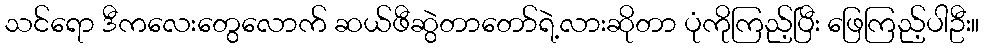
သင်ရော ဒီကလေးတွေလောက် ဆယ်ဖီဆွဲတာတော်ရဲ့လားဆိုတာ ပုံကိုကြည့်ပြီး ဖြေကြည့်ပါဦး။